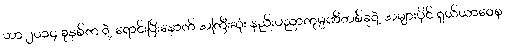
ဟာ ၂၀၁၄ ခုနှစ်က ရဲ့ ရောင်းပြီးနောက် အကြီးဆုံး နည်းပညာကုမ္ပဏီတစ်ခုရဲ့ အများပိုင် ရှယ်ယာဝေစု